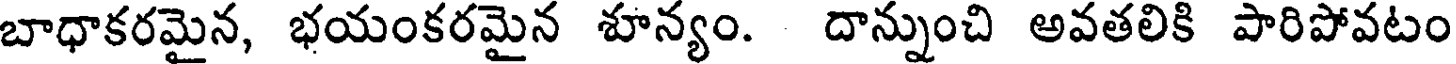
బాధాకరమైన, భయంకరమైన శూన్యం. దాన్నుంచి అవతలికి పారిపోవటం